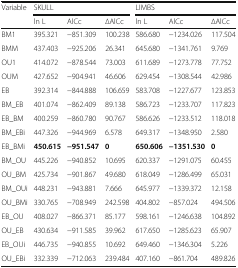
<table><thead><tr><td rowspan="2"><b>Variable</b></td><td colspan="3"><b>SKULL</b></td><td colspan="3"><b>LIMBS</b></td></tr><tr><td><b>ln L</b></td><td><b>AlCc</b></td><td><b>∆AlCc</b></td><td><b>ln L</b></td><td><b>AlCc</b></td><td><b>∆AlCc</b></td></tr></thead><tbody><tr><td>BM1</td><td>395.321</td><td>−851.309</td><td>100.238</td><td>586.680</td><td>−1234.026</td><td>117.504</td></tr><tr><td>BMM</td><td>437.403</td><td>−925.206</td><td>26.341</td><td>645.680</td><td>−1341.761</td><td>9.769</td></tr><tr><td>OU1</td><td>414.072</td><td>−878.544</td><td>73.003</td><td>611.689</td><td>−1273.778</td><td>77.752</td></tr><tr><td>OUM</td><td>427.652</td><td>−904.941</td><td>46.606</td><td>629.454</td><td>−1308.544</td><td>42.986</td></tr><tr><td>EB</td><td>392.314</td><td>−844.888</td><td>106.659</td><td>583.708</td><td>−1227.677</td><td>123.853</td></tr><tr><td>BM_EB</td><td>401.074</td><td>−862.409</td><td>89.138</td><td>586.723</td><td>−1233.707</td><td>117.823</td></tr><tr><td>EB_BM</td><td>400.259</td><td>−860.780</td><td>90.767</td><td>586.626</td><td>−1233.512</td><td>118.018</td></tr><tr><td>BM_EBi</td><td>447.326</td><td>−944.969</td><td>6.578</td><td>649.317</td><td>−1348.950</td><td>2.580</td></tr><tr><td>EB_BMi</td><td><b>450.615</b></td><td><b>−951.547</b></td><td><b>0</b></td><td><b>650.606</b></td><td><b>−1351.530</b></td><td><b>0</b></td></tr><tr><td>BM_OU</td><td>445.226</td><td>−940.852</td><td>10.695</td><td>620.337</td><td>−1291.075</td><td>60.455</td></tr><tr><td>OU_BM</td><td>425.734</td><td>−901.867</td><td>49.680</td><td>618.049</td><td>−1286.499</td><td>65.031</td></tr><tr><td>BM_OUi</td><td>448.231</td><td>−943.881</td><td>7.666</td><td>645.977</td><td>−1339.372</td><td>12.158</td></tr><tr><td>OU_BMi</td><td>330.765</td><td>−708.949</td><td>242.598</td><td>404.802</td><td>−857.024</td><td>494.506</td></tr><tr><td>EB_OU</td><td>408.027</td><td>−866.371</td><td>85.177</td><td>598.161</td><td>−1246.638</td><td>104.892</td></tr><tr><td>OU_EB</td><td>430.634</td><td>−911.585</td><td>39.962</td><td>617.650</td><td>−1285.623</td><td>65.907</td></tr><tr><td>EB_OUi</td><td>446.735</td><td>−940.855</td><td>10.692</td><td>649.460</td><td>−1346.304</td><td>5.226</td></tr><tr><td>OU_EBi</td><td>332.339</td><td>−712.063</td><td>239.484</td><td>407.160</td><td>−861.704</td><td>489.826</td></tr></tbody></table>